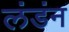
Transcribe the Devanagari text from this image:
लंडंन